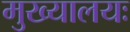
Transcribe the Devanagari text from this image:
मुख्यालयः